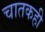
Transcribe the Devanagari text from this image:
चातकही